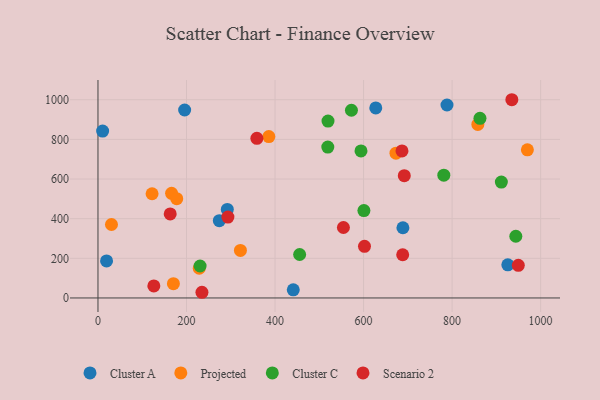
{"axis": {"x": "Experience", "y": "Yield"}, "legend": ["Cluster A", "Cluster C", "Projected", "Scenario 2"], "data": [{"x": "292.2", "y": 446.6, "type": "Cluster A"}, {"x": "441.2", "y": 41.0, "type": "Cluster A"}, {"x": "788.5", "y": 973.3, "type": "Cluster A"}, {"x": "925.9", "y": 167.4, "type": "Cluster A"}, {"x": "274.1", "y": 389.8, "type": "Cluster A"}, {"x": "19.4", "y": 186.7, "type": "Cluster A"}, {"x": "195.8", "y": 948.1, "type": "Cluster A"}, {"x": "688.9", "y": 354.2, "type": "Cluster A"}, {"x": "10.5", "y": 842.1, "type": "Cluster A"}, {"x": "627.6", "y": 958.4, "type": "Cluster A"}, {"x": "166.3", "y": 528.0, "type": "Projected"}, {"x": "177.9", "y": 500.7, "type": "Projected"}, {"x": "970.1", "y": 747.2, "type": "Projected"}, {"x": "321.8", "y": 239.6, "type": "Projected"}, {"x": "673.2", "y": 730.3, "type": "Projected"}, {"x": "858.2", "y": 875.3, "type": "Projected"}, {"x": "30.5", "y": 370.6, "type": "Projected"}, {"x": "122.2", "y": 525.7, "type": "Projected"}, {"x": "170.4", "y": 72.3, "type": "Projected"}, {"x": "228.8", "y": 150.0, "type": "Projected"}, {"x": "386.0", "y": 814.3, "type": "Projected"}, {"x": "594.2", "y": 741.5, "type": "Cluster C"}, {"x": "230.7", "y": 161.3, "type": "Cluster C"}, {"x": "519.7", "y": 892.4, "type": "Cluster C"}, {"x": "600.8", "y": 440.8, "type": "Cluster C"}, {"x": "572.6", "y": 946.8, "type": "Cluster C"}, {"x": "519.2", "y": 761.2, "type": "Cluster C"}, {"x": "781.3", "y": 619.5, "type": "Cluster C"}, {"x": "911.3", "y": 584.4, "type": "Cluster C"}, {"x": "455.6", "y": 219.2, "type": "Cluster C"}, {"x": "944.0", "y": 311.3, "type": "Cluster C"}, {"x": "863.0", "y": 906.1, "type": "Cluster C"}, {"x": "126.2", "y": 60.6, "type": "Scenario 2"}, {"x": "935.0", "y": 1000.0, "type": "Scenario 2"}, {"x": "692.0", "y": 616.8, "type": "Scenario 2"}, {"x": "949.6", "y": 164.8, "type": "Scenario 2"}, {"x": "163.2", "y": 424.0, "type": "Scenario 2"}, {"x": "688.4", "y": 218.1, "type": "Scenario 2"}, {"x": "554.5", "y": 355.4, "type": "Scenario 2"}, {"x": "359.0", "y": 805.4, "type": "Scenario 2"}, {"x": "234.9", "y": 28.7, "type": "Scenario 2"}, {"x": "602.1", "y": 260.5, "type": "Scenario 2"}, {"x": "686.8", "y": 741.6, "type": "Scenario 2"}, {"x": "293.5", "y": 408.1, "type": "Scenario 2"}]}